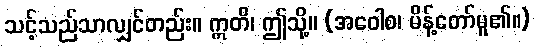
သင့်သည်သာလျှင်တည်း။ ဣတိ၊ ဤသို့။ (အဝေါစ၊ မိန့်တော်မူ၏။)